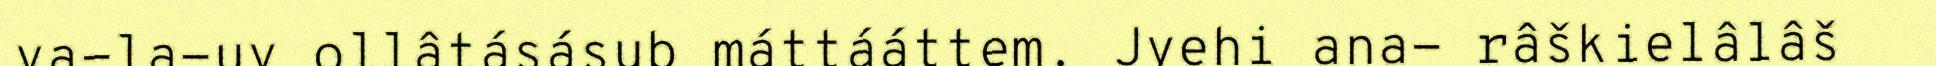
va-la-uv ollâtásásub máttááttem. Jyehi ana- râškielâlâš